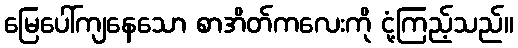
မြေပေါ်ကျနေသော စာအိတ်ကလေးကို ငုံ့ကြည့်သည်။